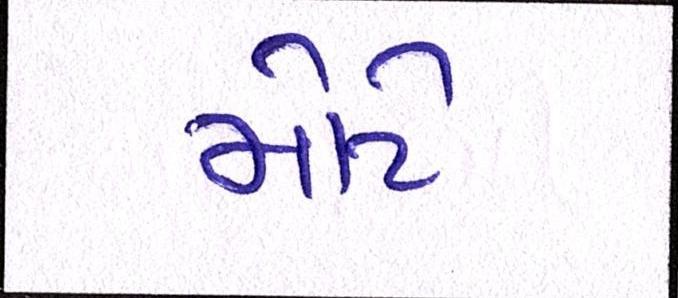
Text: મોટે